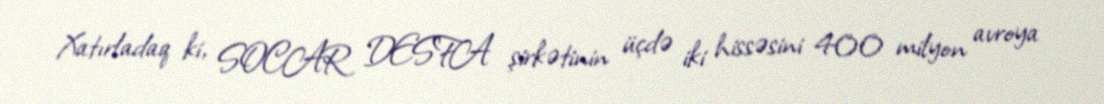
Xatırladaq ki, SOCAR DESFA şirkətinin üçdə iki hissəsini 400 milyon avroya